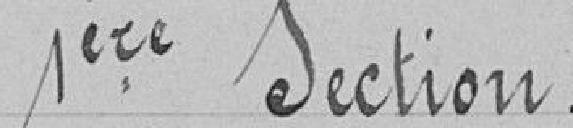
1ere section